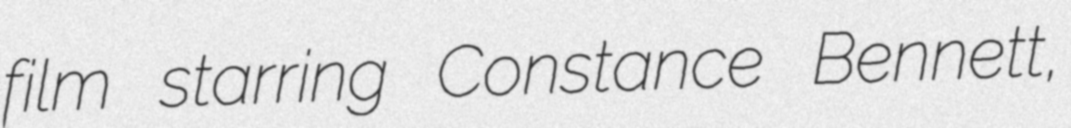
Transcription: film starring Constance Bennett,